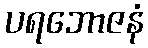
ပရဘောဇနံ